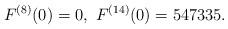
LaTeX: \begin{align*}F^{(8)}(0)=0,\ F^{(14)}(0)=547335.\end{align*}